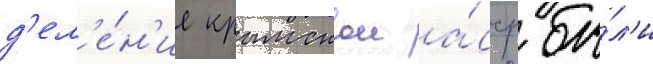
д'ел'е́н'ие крымскои а́сср бы́л'и